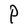
Character: P